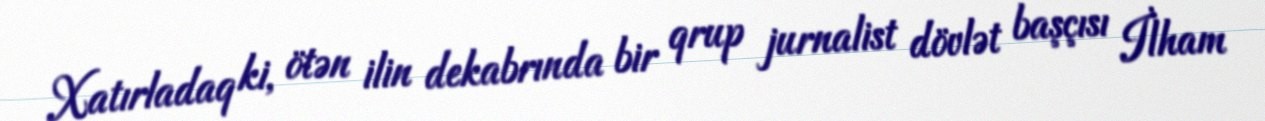
Xatırladaq ki, ötən ilin dekabrında bir qrup jurnalist dövlət başçısı İlham